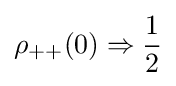
\rho _{++}(0)\Rightarrow {\frac {1}{2}}